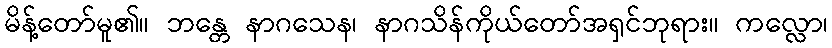
မိန့်တော်မူ၏။ ဘန္တေ နာဂသေန၊ နာဂသိန်ကိုယ်တော်အရှင်ဘုရား။ ကလ္လော၊